Annual returns of the Patna Lunatic Asylum at Bankipore in Bihar and Orissa - 1912-1924
Year: 1912
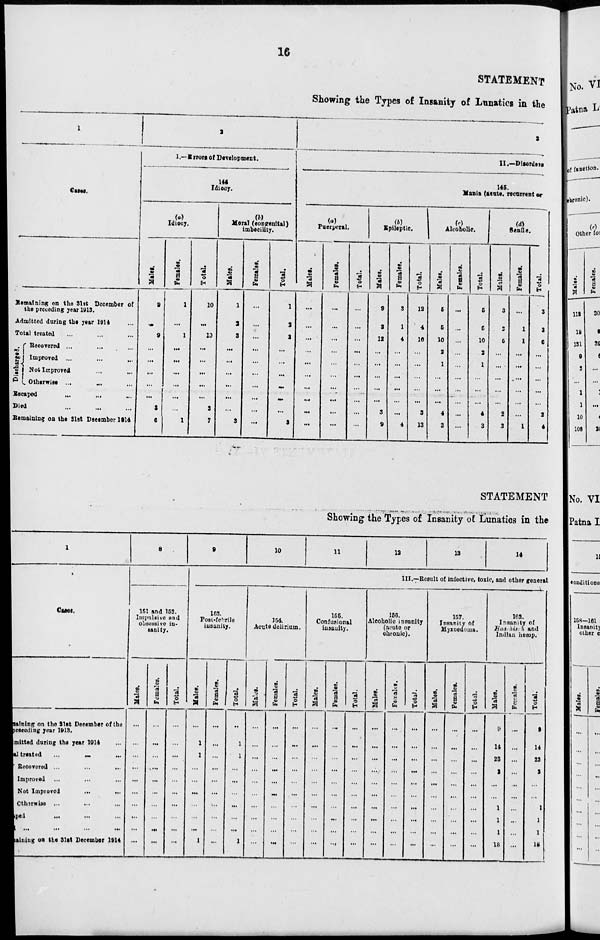
16
STATEMENT
Showing the Types of Insanity of Lunatics in the
1
Cases.
Remaining on the 31st December of
the preceding year 1913.
Admitted during the year 1914 ...
Total treated ... ... ...
Discharged.
Recorered ... ... ...
Improved ... ... ...
Not Improved ... ...
Otherwise ... ... ...
Escaped ... ... ...
Died ... ... ...
Remaining on the 31at December 1914
3
I.—Errors of Development.
144
Idiocy.
Idiocy.
Males.
9
...
9
...
...
...
...
3
6
Females.
1
...
1
...
...
...
...
...
1
Total.
10
...
10
...
...
...
...
...
3
7
Moral (congenital)
imbecility.
Males.
1
2
3
...
...
...
...
...
...
3
Females.
...
...
...
...
...
...
...
...
...
...
Total.
1
2
3
...
...
...
...
...
...
3
3
II.—Disorders
145.
Mania (acute, recurrent or
(a)
Pnerperal.
Males.
...
...
...
...
...
...
...
...
...
...
Females.
...
...
...
...
...
...
...
...
...
...
Total.
...
...
...
...
...
...
...
...
...
(b)
Epileptic.
Males.
9
3
12
...
...
...
...
...
3
9
Females.
3
1
4
...
...
...
...
...
4
Total.
12
4
16
...
...
3
13
(c)
Alcoholic.
Males.
5
5
10
3
1
...
...
...
4
3
Females.
...
...
...
...
...
...
...
...
...
...
Total.
5
5
10
3
1
...
...
4
3
(d)
Senile.
Males.
3
2
5
...
...
...
...
...
2
3
Females.
...
1
1
...
...
...
...
...
...
1
Total.
3
3
6
...
...
...
...
...
2
4
STATEMENT
Showing the Types of Insanity of Lunatics in the
1
Cases.
Remaining on the 31at December of the
preceding year 1913.
Admitted during the year 1914 ...
Total treated
... ... ...
Recovered ... ... ...
Improved ... ... ...
Not Improved ... ...
Ctherwise ... ... ...
ped
...
...
...
... ... ... ...
Remaining
on the 31st December 1914
8
151 and 152.
Impulsive and
obsessive in¬
sanlty.
Males.
...
...
...
...
...
...
...
...
...
...
Females.
...
...
...
....
...
...
...
...
...
...
Total.
...
...
...
...
...
...
...
...
...
...
9
10
11
12
15
14
III.—Result of infective, toxic, and other general
153.
Post-febrile
insanity.
Males.
...
1
1
...
...
...
...
...
...
1
Females.
...
...
...
...
...
...
...
...
...
...
Total.
...
1
1
...
...
...
...
...
...
1
154.
Acute delirium.
Males.
...
...
...
...
...
...
...
...
...
...
Females.
...
...
...
...
...
...
...
...
...
...
Total.
...
...
...
...
...
...
...
...
...
...
155.
Confusional
insanity.
Males.
...
...
...
...
...
...
...
...
...
...
Females.
...
...
...
...
...
...
...
...
...
...
Total.
...
...
...
...
...
...
...
...
...
...
156.
Alcoholic insanity
(acute or
chronic).
Males.
...
...
...
...
...
...
...
...
...
...
Females.
...
...
...
...
...
...
...
...
...
...
Total.
...
...
...
...
...
...
...
... ...
...
157.
Insanity of
Myxoedema.
Males.
...
...
...
...
...
...
...
...
...
...
Females.
...
...
...
...
...
...
...
...
...
...
Total.
...
...
...
...
...
...
...
...
...
...
103.
Insanity of
Hasehisch and
Indian hemp.
Males.
9
14
23
3
...
...
1
1
1
18
Females.
...
...
...
...
...
...
Total.
9
14
33
3
...
1
1
1
18